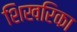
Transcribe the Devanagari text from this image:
शिखरिका